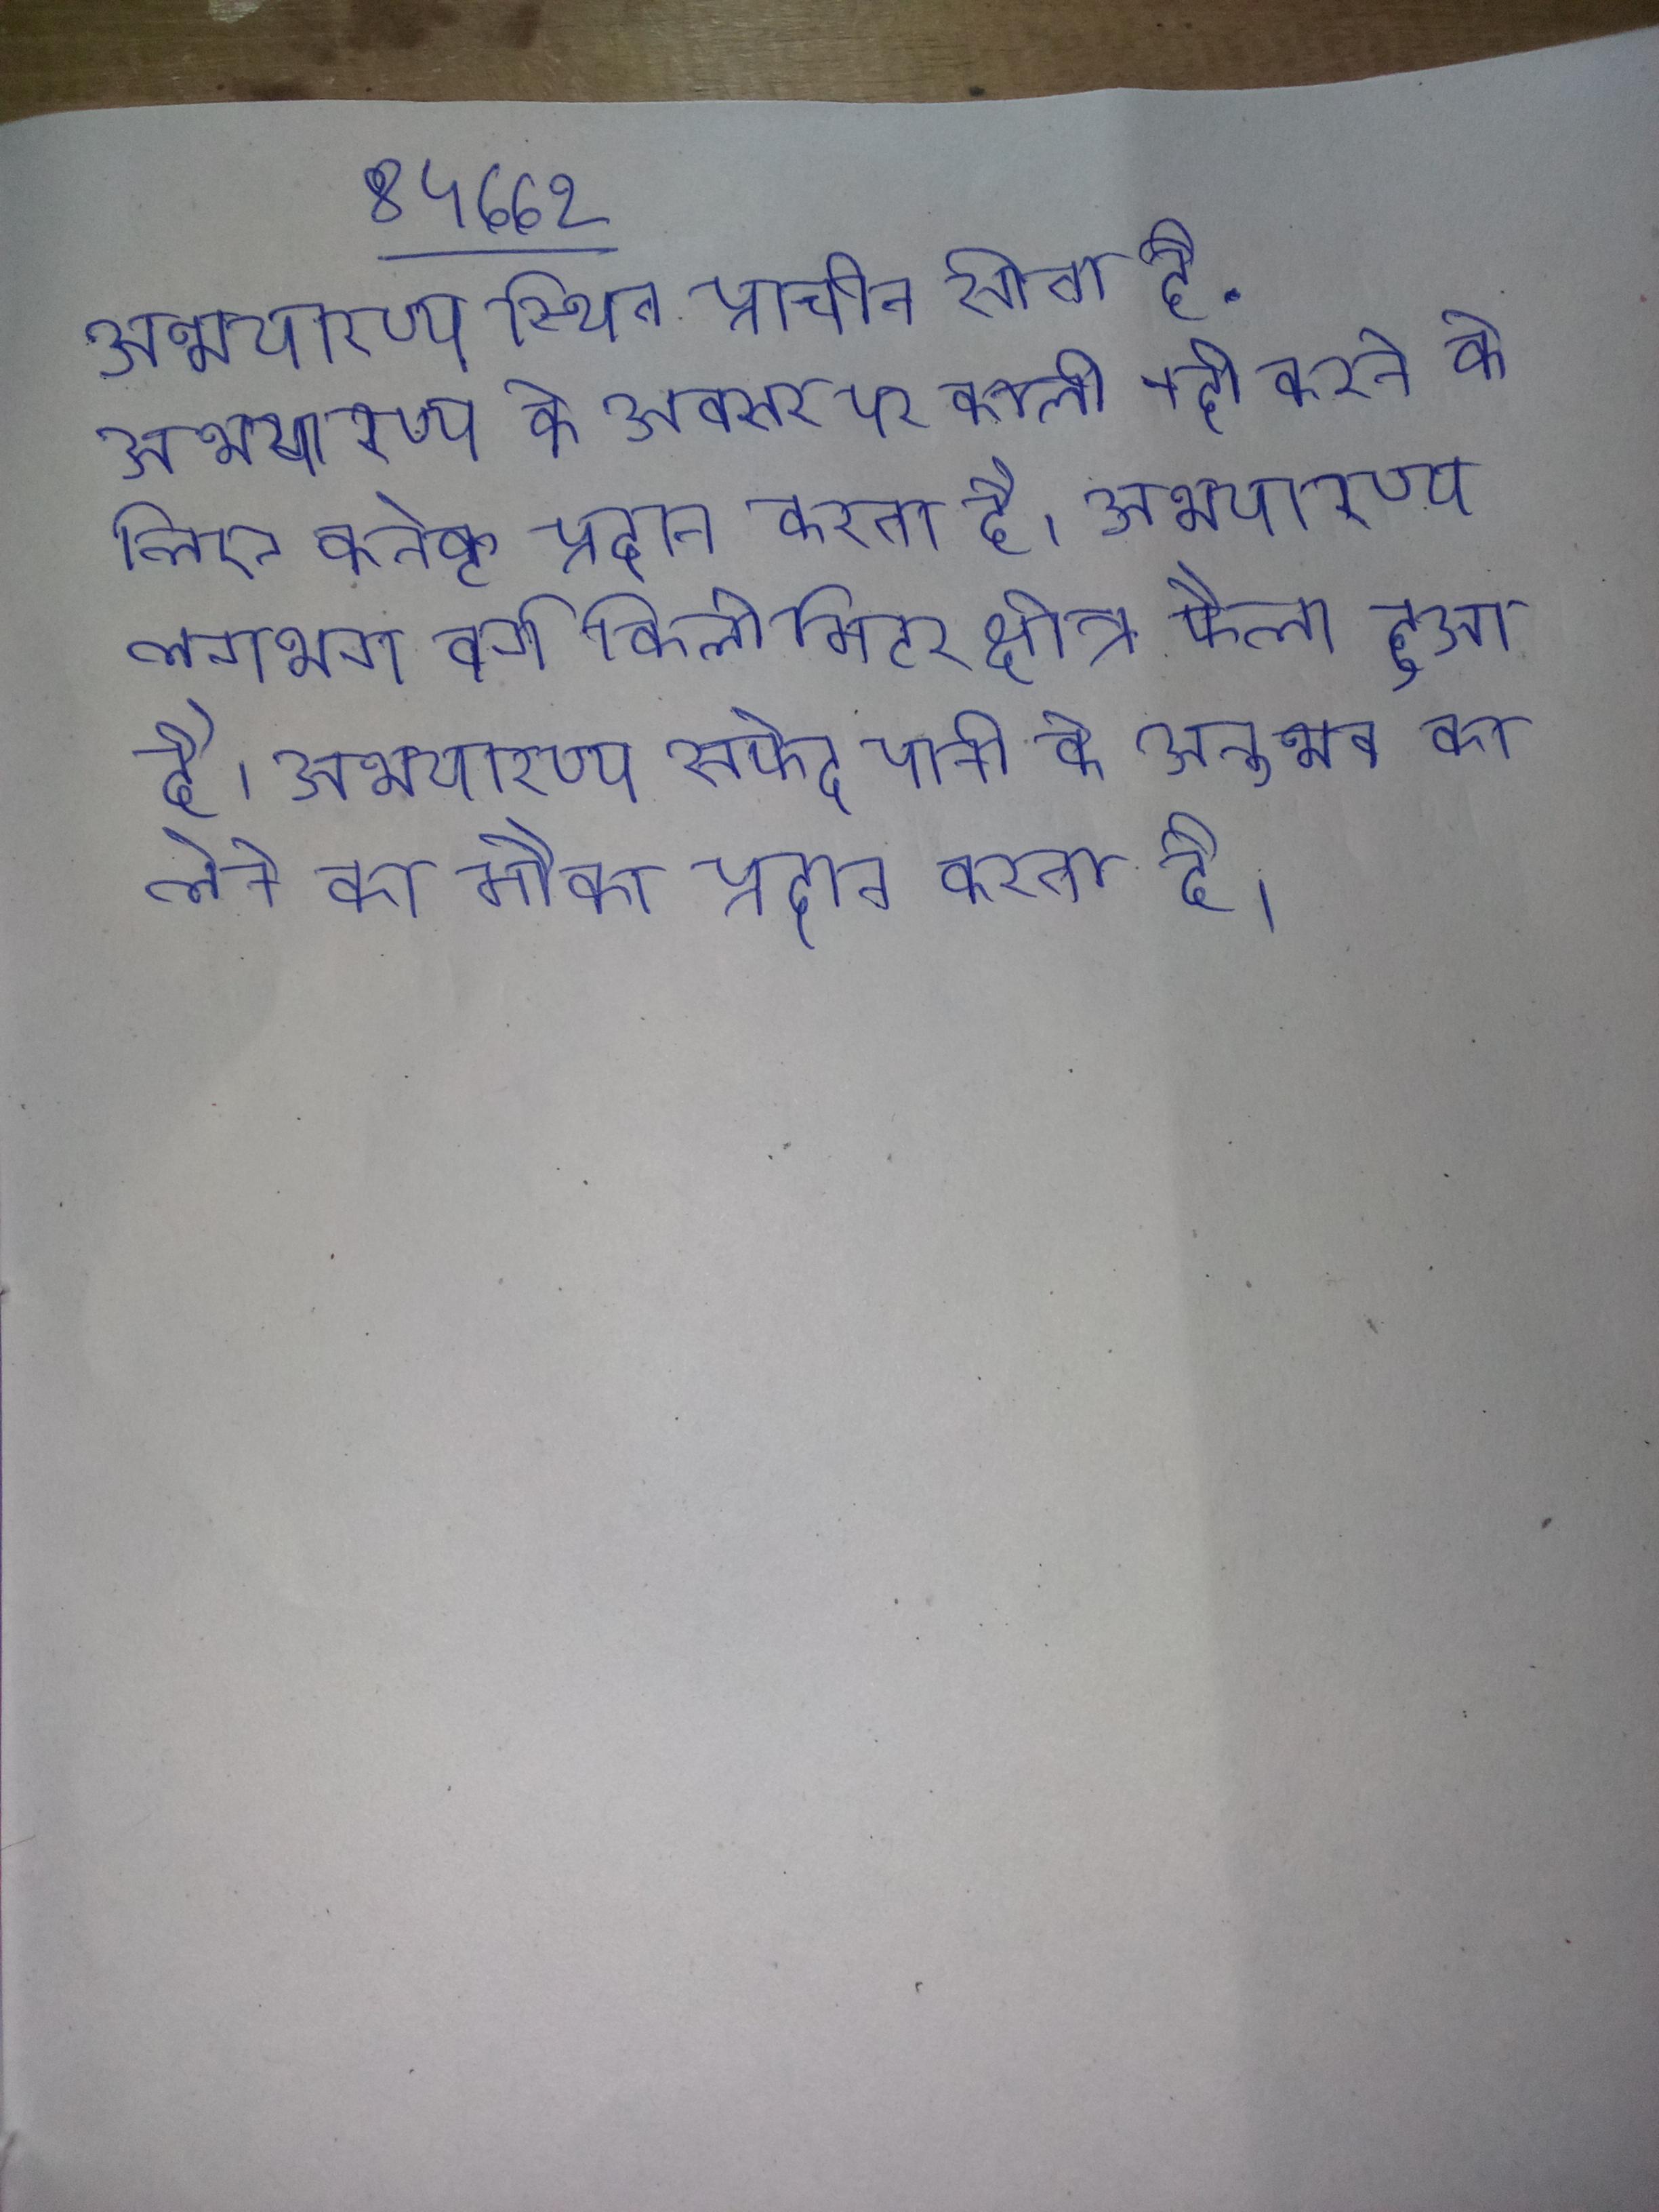
अभयारण्य स्थित प्राचीन सीता हे . अभयारण्य के अवसर पर काली नदी करने के लिए कनेक्ट प्रदान करता है । अभयारण्य लगभग वर्ग किलोमीटर क्षेत्र फैला हुआ है । अभयारण्य सफेद पानी के अनुभव का लेने का मौका प्रदान करता है ।